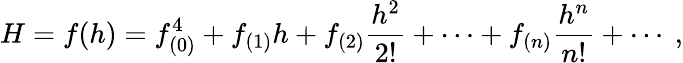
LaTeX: H=f(h)=f_{(0)}^{4}+f_{(1)}h+f_{(2)}\frac{h^{2}}{2!}+\cdots+f_{(n)}\frac{h^{n}}{n!}+\cdots\ ,